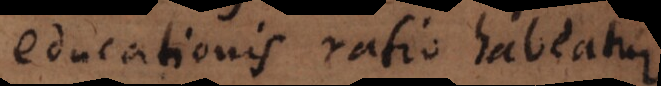
educationis ratio habeatur